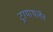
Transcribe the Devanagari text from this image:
ट्रायाथलॅन